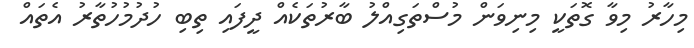
މިހާރު މިވާ ގޮތަކީ މިނިވަން މުސްތަގިއްލު ބާރުތަކެއް ދީފައި ތިބި ހުދުމުހުތާރު އެތައް